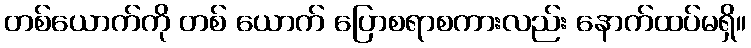
တစ်ယောက်ကို တစ် ယောက် ပြောစရာစကားလည်း နောက်ထပ်မရှိ။